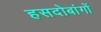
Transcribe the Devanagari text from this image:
हसदोबांगों